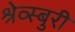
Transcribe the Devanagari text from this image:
श्रेव्स्बुरी